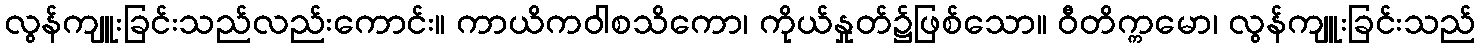
လွန်ကျူးခြင်းသည်လည်းကောင်း။ ကာယိကဝါစသိကော၊ ကိုယ်နှုတ်၌ဖြစ်သော။ ဝီတိက္ကမော၊ လွန်ကျူးခြင်းသည်